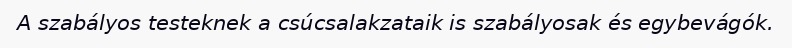
A szabályos testeknek a csúcsalakzataik is szabályosak és egybevágók.